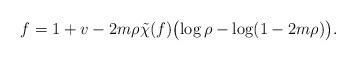
LaTeX: \begin{align*} f = 1 + v - 2 m\rho \tilde\chi(f) \bigl(\log\rho-\log(1-2 m\rho)\bigr). \end{align*}